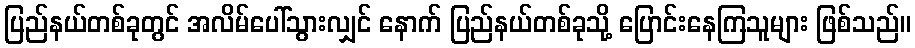
ပြည်နယ်တစ်ခုတွင် အလိမ်ပေါ်သွားလျှင် နောက် ပြည်နယ်တစ်ခုသို့ ပြောင်းနေကြသူများ ဖြစ်သည်။